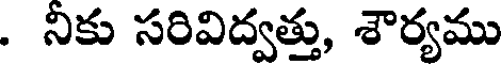
. నికు సరివిద్వత్తు, శౌర్యము